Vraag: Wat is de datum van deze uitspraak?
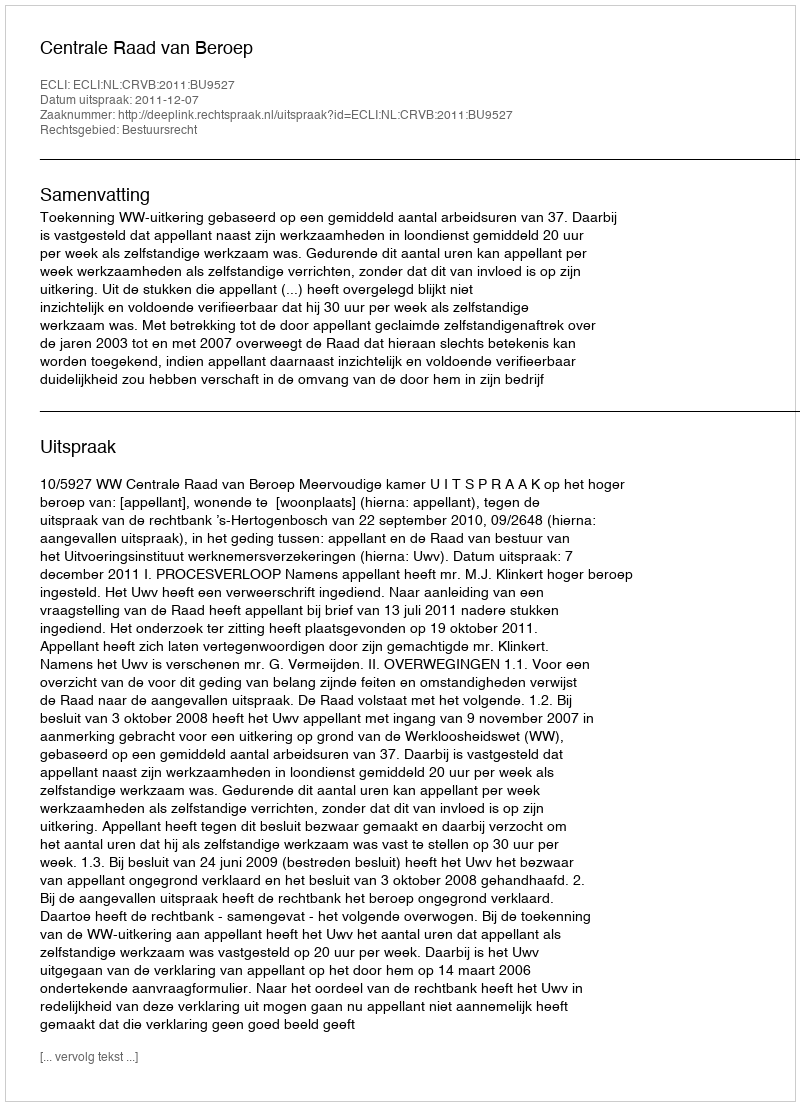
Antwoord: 2011-12-07